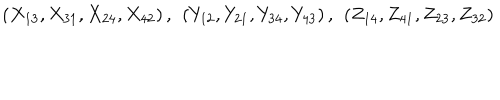
LaTeX: \left( X _ { 1 3 } , X _ { 3 1 } , X _ { 2 4 } , X _ { 4 2 } \right) , ~ \left( Y _ { 1 2 } , Y _ { 2 1 } , Y _ { 3 4 } , Y _ { 4 3 } \right) , ~ \left( Z _ { 1 4 } , Z _ { 4 1 } , Z _ { 2 3 } , Z _ { 3 2 } \right)